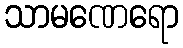
သာမဏေရော